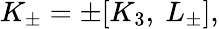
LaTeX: K_{\pm}=\pm[K_{3},\ L_{\pm}],